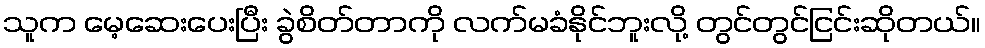
သူက မေ့ဆေးပေးပြီး ခွဲစိတ်တာကို လက်မခံနိုင်ဘူးလို့ တွင်တွင်ငြင်းဆိုတယ်။